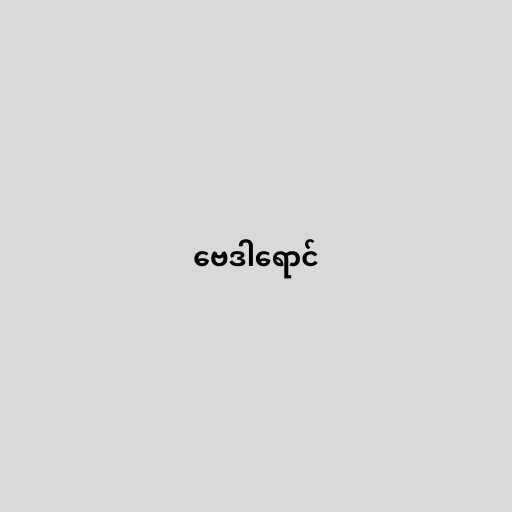
ဗေဒါရောင်